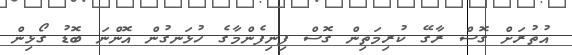
އުތުރަށް ގޮސް ރާގޭ ކުރިމަތިން ގޮސް ފިނިފެންމާގެ ހުޅަނގުން އޮންނަ ބޮޑު ގޯޅިން